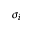
\sigma _ { i }